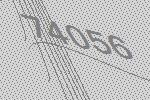
74056